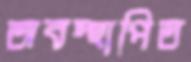
অবস্হাপিত